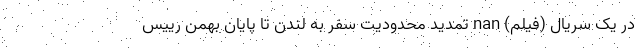
در یک سریال (فیلم) nan تمدید محدودیت سفر به لندن تا پایان بهمن‌ رییس